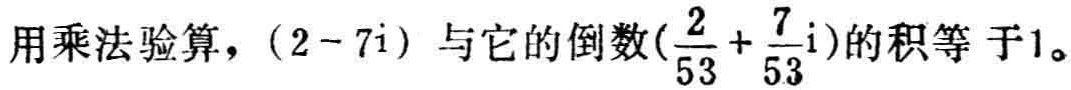
用乘法验算，\((2 - 7\text{i})\)与它的倒数\((\frac{2}{53} + \frac{7}{53}\text{i})\)的积等 于\(1\)。